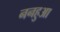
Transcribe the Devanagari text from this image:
ननहुआ